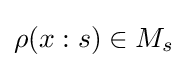
\rho (x:s)\in M_{s}